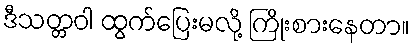
ဒီသတ္တဝါ ထွက်ပြေးမလို့ ကြိုးစားနေတာ။